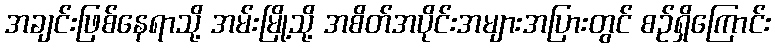
အချင်းဖြစ်နေရာသို့ အမ်းမြို့သို့ အစိတ်အပိုင်းအများအပြားတွင် စဉ်ရှိကြောင်း